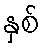
နှစ်